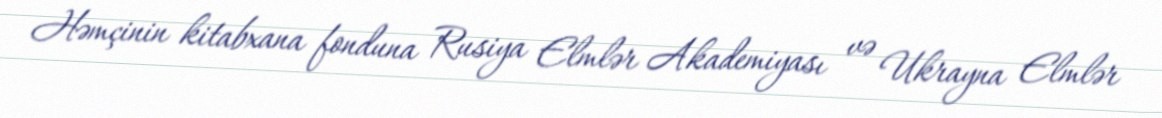
Həmçinin kitabxana fonduna Rusiya Elmlər Akademiyası və Ukrayna Elmlər